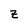
Character: z